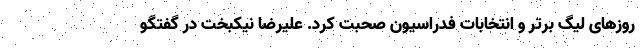
روزهای لیگ برتر و انتخابات فدراسیون صحبت کرد. علیرضا نیکبخت در گفتگو